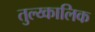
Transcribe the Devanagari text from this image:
तुल्य्कालिक